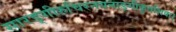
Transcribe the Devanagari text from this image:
सारङ्गीरुचिरनयनाङ्गीकृतशिवा।